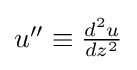
{\textstyle u''\equiv {\frac {d^{2}u}{dz^{2}}}}